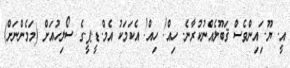
އީ. ޔޫ. ަިއިންވެސް ޤަބޫލެއްނުކުރާނެ. ހިއް! ހިއް! އެކަމަކު އެމް.ޑީ.ޕީ.ގެ ސޯލިހުއަށް (މަމެންނަށް)